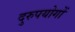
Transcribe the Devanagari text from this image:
दुरुपयोगों